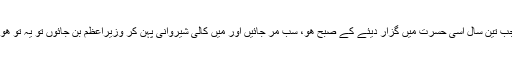
تو بھییاء جب تین سال اسی حسرت میں گزار دیئے کے صبح ھو، سب مر جائیں اور میں کالی شیروانی پہن کر وزیراعظم بن جائوں تو یہ تو ھونا ھی تھا ۔